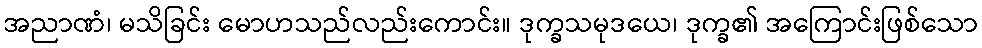
အညာဏံ၊ မသိခြင်း မောဟသည်လည်းကောင်း။ ဒုက္ခသမုဒယေ၊ ဒုက္ခ၏ အကြောင်းဖြစ်သော